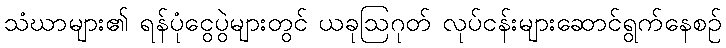
သံဃာများ၏ ရန်ပုံငွေပွဲများတွင် ယခုဩဂုတ် လုပ်ငန်းများဆောင်ရွက်နေစဉ်